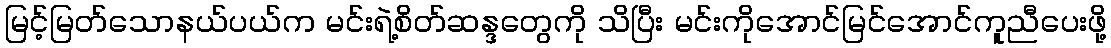
မြင့်မြတ်သောနယ်ပယ်က မင်းရဲ့စိတ်ဆန္ဒတွေကို သိပြီး မင်းကိုအောင်မြင်အောင်ကူညီပေးဖို့